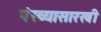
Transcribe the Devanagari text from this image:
पंख्यासारखी